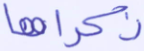
ذكراها